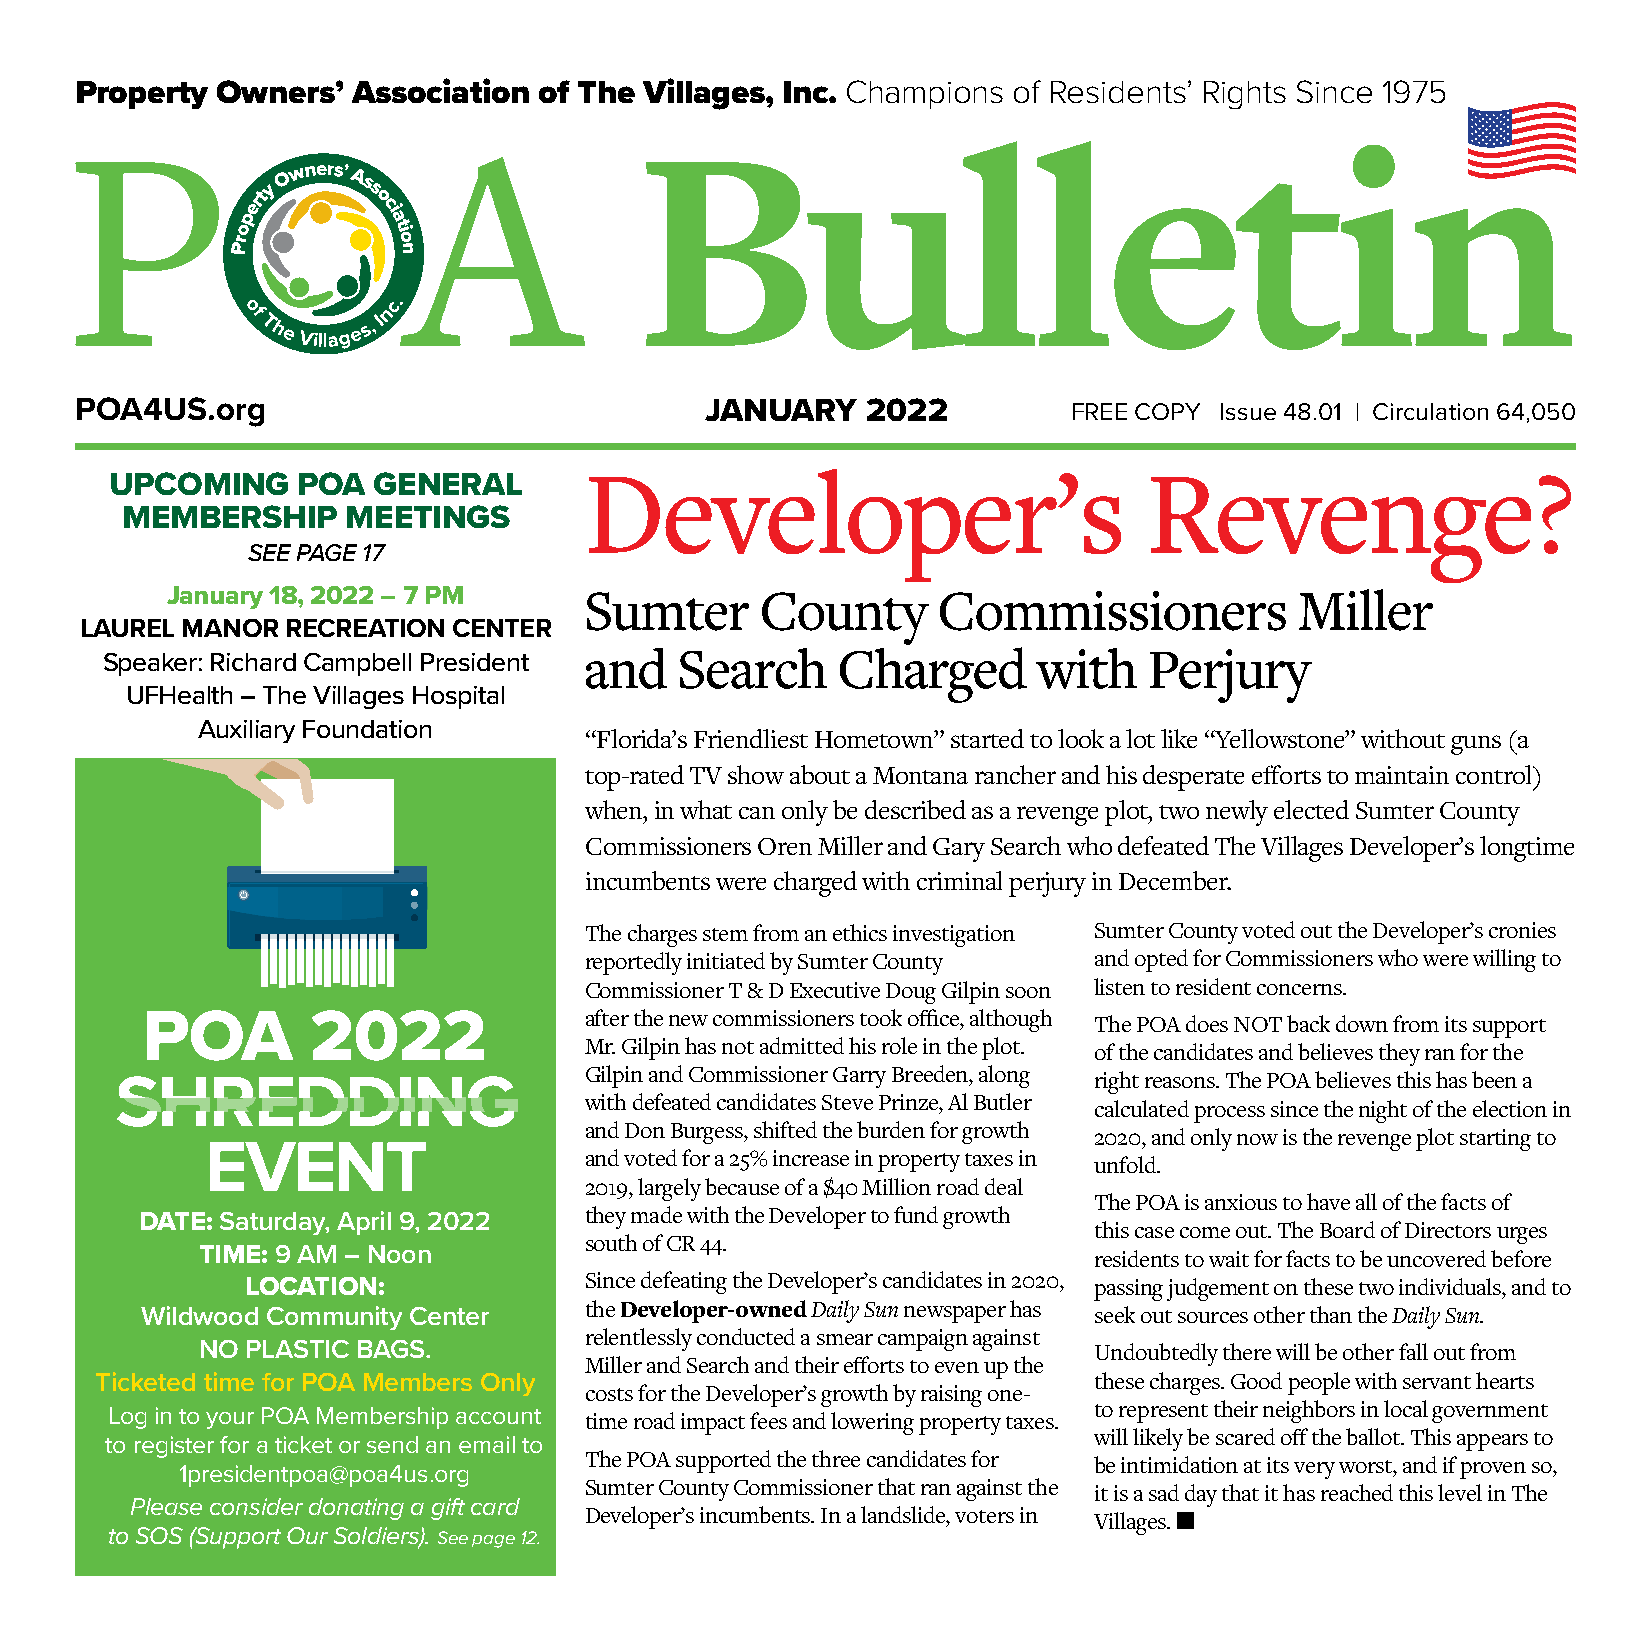
Property Owners’  Association  of The Villages, Inc. Champions of Residents’ Rights Since 1975
 POA4US.org                                JANUARY   2022          FREE COPY Issue 48.01 | Circulation 64,050
 Developer’s                          Revenge?
 UPCOMING     POA  GENERAL
 MEMBERSHIP     MEETINGS
 SEE PAGE 17
 January 18, 2022 – 7 PM     Sumter     County      Commissioners           Miller
 LAUREL MANOR  RECREATION CENTER
 and   Search    Charged       with   Perjury
 Speaker: Richard Campbell President
 UFHealth – The Villages Hospital
 Auxiliary Foundation
 “Florida’s Friendliest Hometown” started to look a lot like “Yellowstone” without guns (a
 top-rated TV show about a Montana rancher and his desperate efforts to maintain control)
 when, in what can only be described as a revenge plot, two newly elected Sumter County
 Commissioners Oren Miller and Gary Search who defeated The Villages Developer’s longtime
 incumbents were charged with criminal perjury in December.
 The charges stem from an ethics investigation Sumter County voted out the Developer’s cronies
 reportedly initiated by Sumter County and opted for Commissioners who were willing to
 Commissioner T & D Executive Doug Gilpin soon listen to resident concerns.
 after the new commissioners took office, although
 The POA does NOT back down from its support
 Mr. Gilpin has not admitted his role in the plot.
 of the candidates and believes they ran for the
 Gilpin and Commissioner Garry Breeden, along
 right reasons. The POA believes this has been a
 with defeated candidates Steve Prinze, Al Butler
 calculated process since the night of the election in
 and Don Burgess, shifted the burden for growth
 2020, and only now is the revenge plot starting to
 and voted for a 25% increase in property taxes in
 unfold.
 2019, largely because of a $40 Million road deal
 The POA is anxious to have all of the facts of
 they made with the Developer to fund growth
 DATE: Saturday, April 9, 2022
 this case come out. The Board of Directors urges
 south of CR 44.
 TIME: 9 AM – Noon                                          residents to wait for facts to be uncovered before
 Since defeating the Developer’s candidates in 2020,
 LOCATION:                                               passing judgement on these two individuals, and to
 Wildwood Community Center     the Developer-owned Daily Sun newspaper has seek out sources other than the Daily Sun.
 relentlessly conducted a smear campaign against
 NO PLASTIC BAGS.                                           Undoubtedly there will be other fall out from
 Miller and Search and their efforts to even up the
 Ticketed time for POA Members Only                                these charges. Good people with servant hearts
 costs for the Developer’s growth by raising one-
 to represent their neighbors in local government
 Log in to your POA Membership account time road impact fees and lowering property taxes.
 will likely be scared off the ballot. This appears to
 to register for a ticket or send an email to
 The POA supported the three candidates for
 be intimidation at its very worst, and if proven so,
 1presidentpoa@poa4us.org
 Sumter County Commissioner that ran against the
 it is a sad day that it has reached this level in The
 Please consider donating a gift card
 Developer’s incumbents. In a landslide, voters in
 Villages.
 to SOS (Support Our Soldiers). See page 12.